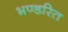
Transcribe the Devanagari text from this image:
भण्डरित